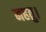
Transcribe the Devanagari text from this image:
महतु।